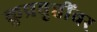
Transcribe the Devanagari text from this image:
कुप्रवृत्तींवर